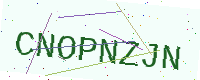
Text: CNOPNZJN